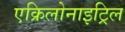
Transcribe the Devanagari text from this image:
एक्रिलोनाइट्रिल